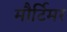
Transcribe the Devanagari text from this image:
मौर्टिमर